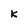
Character: k